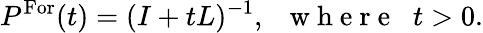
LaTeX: P^{\operatorname{For}}(t)=(I+tL)^{-1},\; \; \mathrm{~w~h~e~r~e~}\; \; t>0.